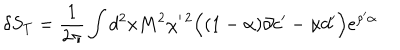
\delta S _ { T } = { \frac { 1 } { 2 \pi } } \int d ^ { 2 } x M ^ { 2 } \chi ^ { \prime \, 2 } \Big ( ( 1 - \alpha ) \partial c ^ { \prime } - \alpha d ^ { \prime } \Big ) e ^ { \rho ^ { \prime } \alpha }